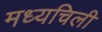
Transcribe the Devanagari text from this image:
मध्यचिली